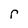
Character: r